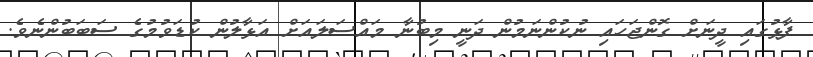
ފާޅުގައި ދީނަށް ގޮންޖަހައި ނުކުންނަމުން ދަނީ މިބުނާ މައްސަލައަށް އަޅާލުން ކުޑަވުމުގެ ސަބަބުންނެވެ.